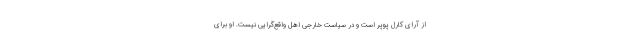
از آرای کارل پوپر است و در سیاست خارجی اهل واقع‌گرایی نیست. او برای